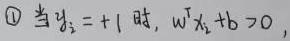
$\textcircled{1}$ 当 $y_{i}=+1$ 时, $w^{\mathrm{T}} x_{i}+b>0$,